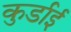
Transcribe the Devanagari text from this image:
कुर्डाई